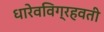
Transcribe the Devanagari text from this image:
धारेवविग्रहवती